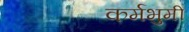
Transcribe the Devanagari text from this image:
कर्मभुमी